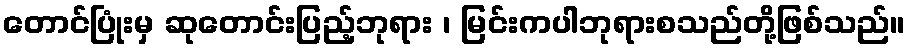
တောင်ပြုံးမှ ဆုတောင်းပြည့်ဘုရား ၊ မြင်းကပါဘုရားစသည်တို့ဖြစ်သည်။